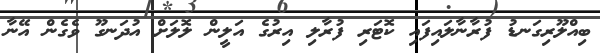
ބިއްލޫރިގަނޑު ފުރާނާލައިފައި ކޮޓަރި ފުރާލި އިރުގެ އަލީން ލޮލަށް އުދަނގޫ ވެގެން އޭނާ